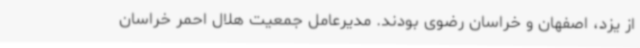
از یزد، اصفهان و خراسان رضوی بودند. مدیرعامل جمعیت هلال احمر خراسان